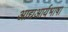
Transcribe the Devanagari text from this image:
आद्यआर्यभाषा